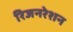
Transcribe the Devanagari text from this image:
रिजनरेशन